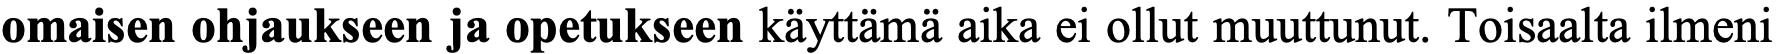
omaisen ohjaukseen ja opetukseen käyttämä aika ei ollut muuttunut. Toisaalta ilmeni